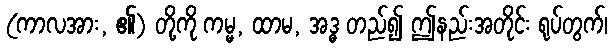
(ကာလအား, ၏) တို့ကို ကမ္မ, ထာမ, အဒ္ဓ တည်၍ ဤနည်းအတိုင်း ရုပ်တွက်၊